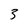
Character: 3